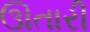
ઊતારી